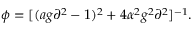
\phi = [ ( a g \partial ^ { 2 } - 1 ) ^ { 2 } + 4 \alpha ^ { 2 } g ^ { 2 } \partial ^ { 2 } ] ^ { - 1 } .